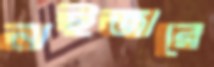
নাইজারে